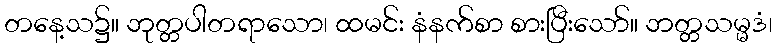
တနေ့သ၌။ ဘုတ္တပါတရာသော၊ ထမင်း နံနက်စာ စားပြီးသော်။ ဘတ္တသမ္မဒံ၊